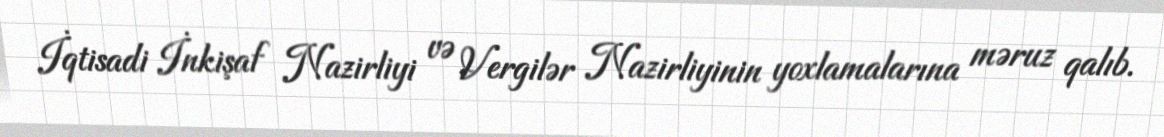
İqtisadi İnkişaf Nazirliyi və Vergilər Nazirliyinin yoxlamalarına məruz qalıb.